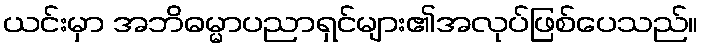
ယင်းမှာ အဘိဓမ္မာပညာရှင်များ၏အလုပ်ဖြစ်ပေသည်။